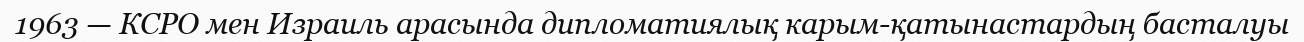
1963 — КСРО мен Израиль арасында дипломатиялық карым-қатынастардың басталуы